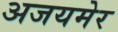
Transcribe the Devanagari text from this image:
अजयमेर